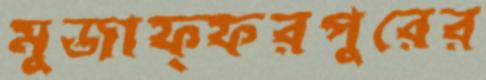
মুজাফ্ফরপুরের